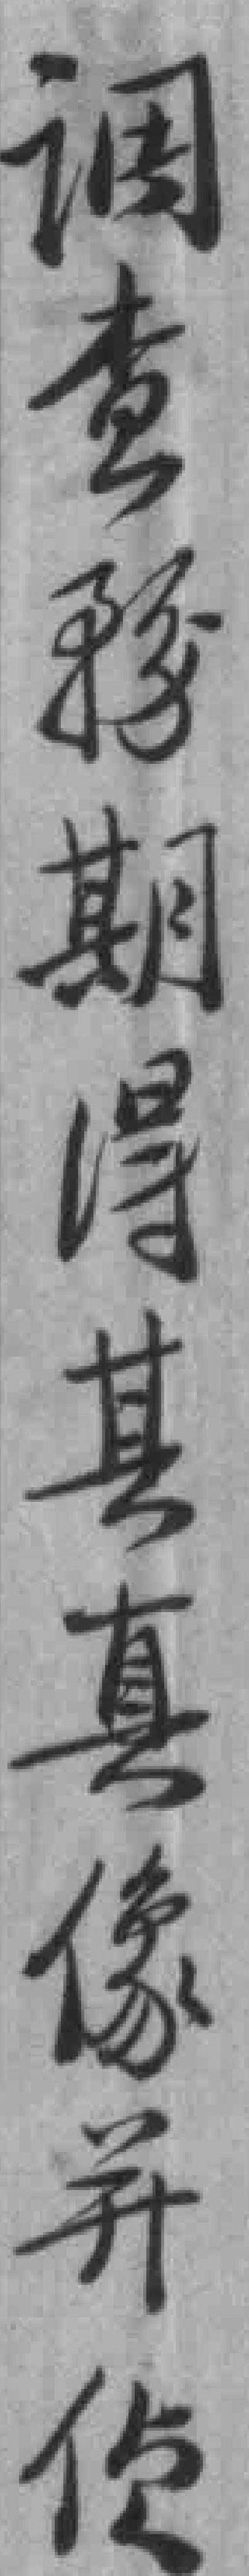
调查務期得其真像并侦